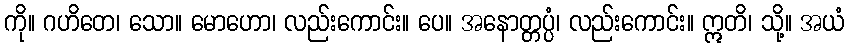
ကို။ ဂဟိတေ၊ သော။ မောဟော၊ လည်းကောင်း။ ပေ။ အနောတ္တပ္ပံ၊ လည်းကောင်း။ ဣတိ၊ သို့။ အယံ